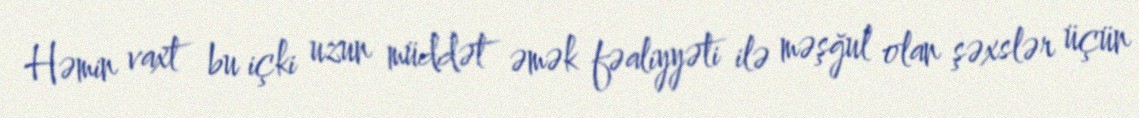
Həmin vaxt bu içki uzun müddət əmək fəaliyyəti ilə məşğul olan şəxslər üçün